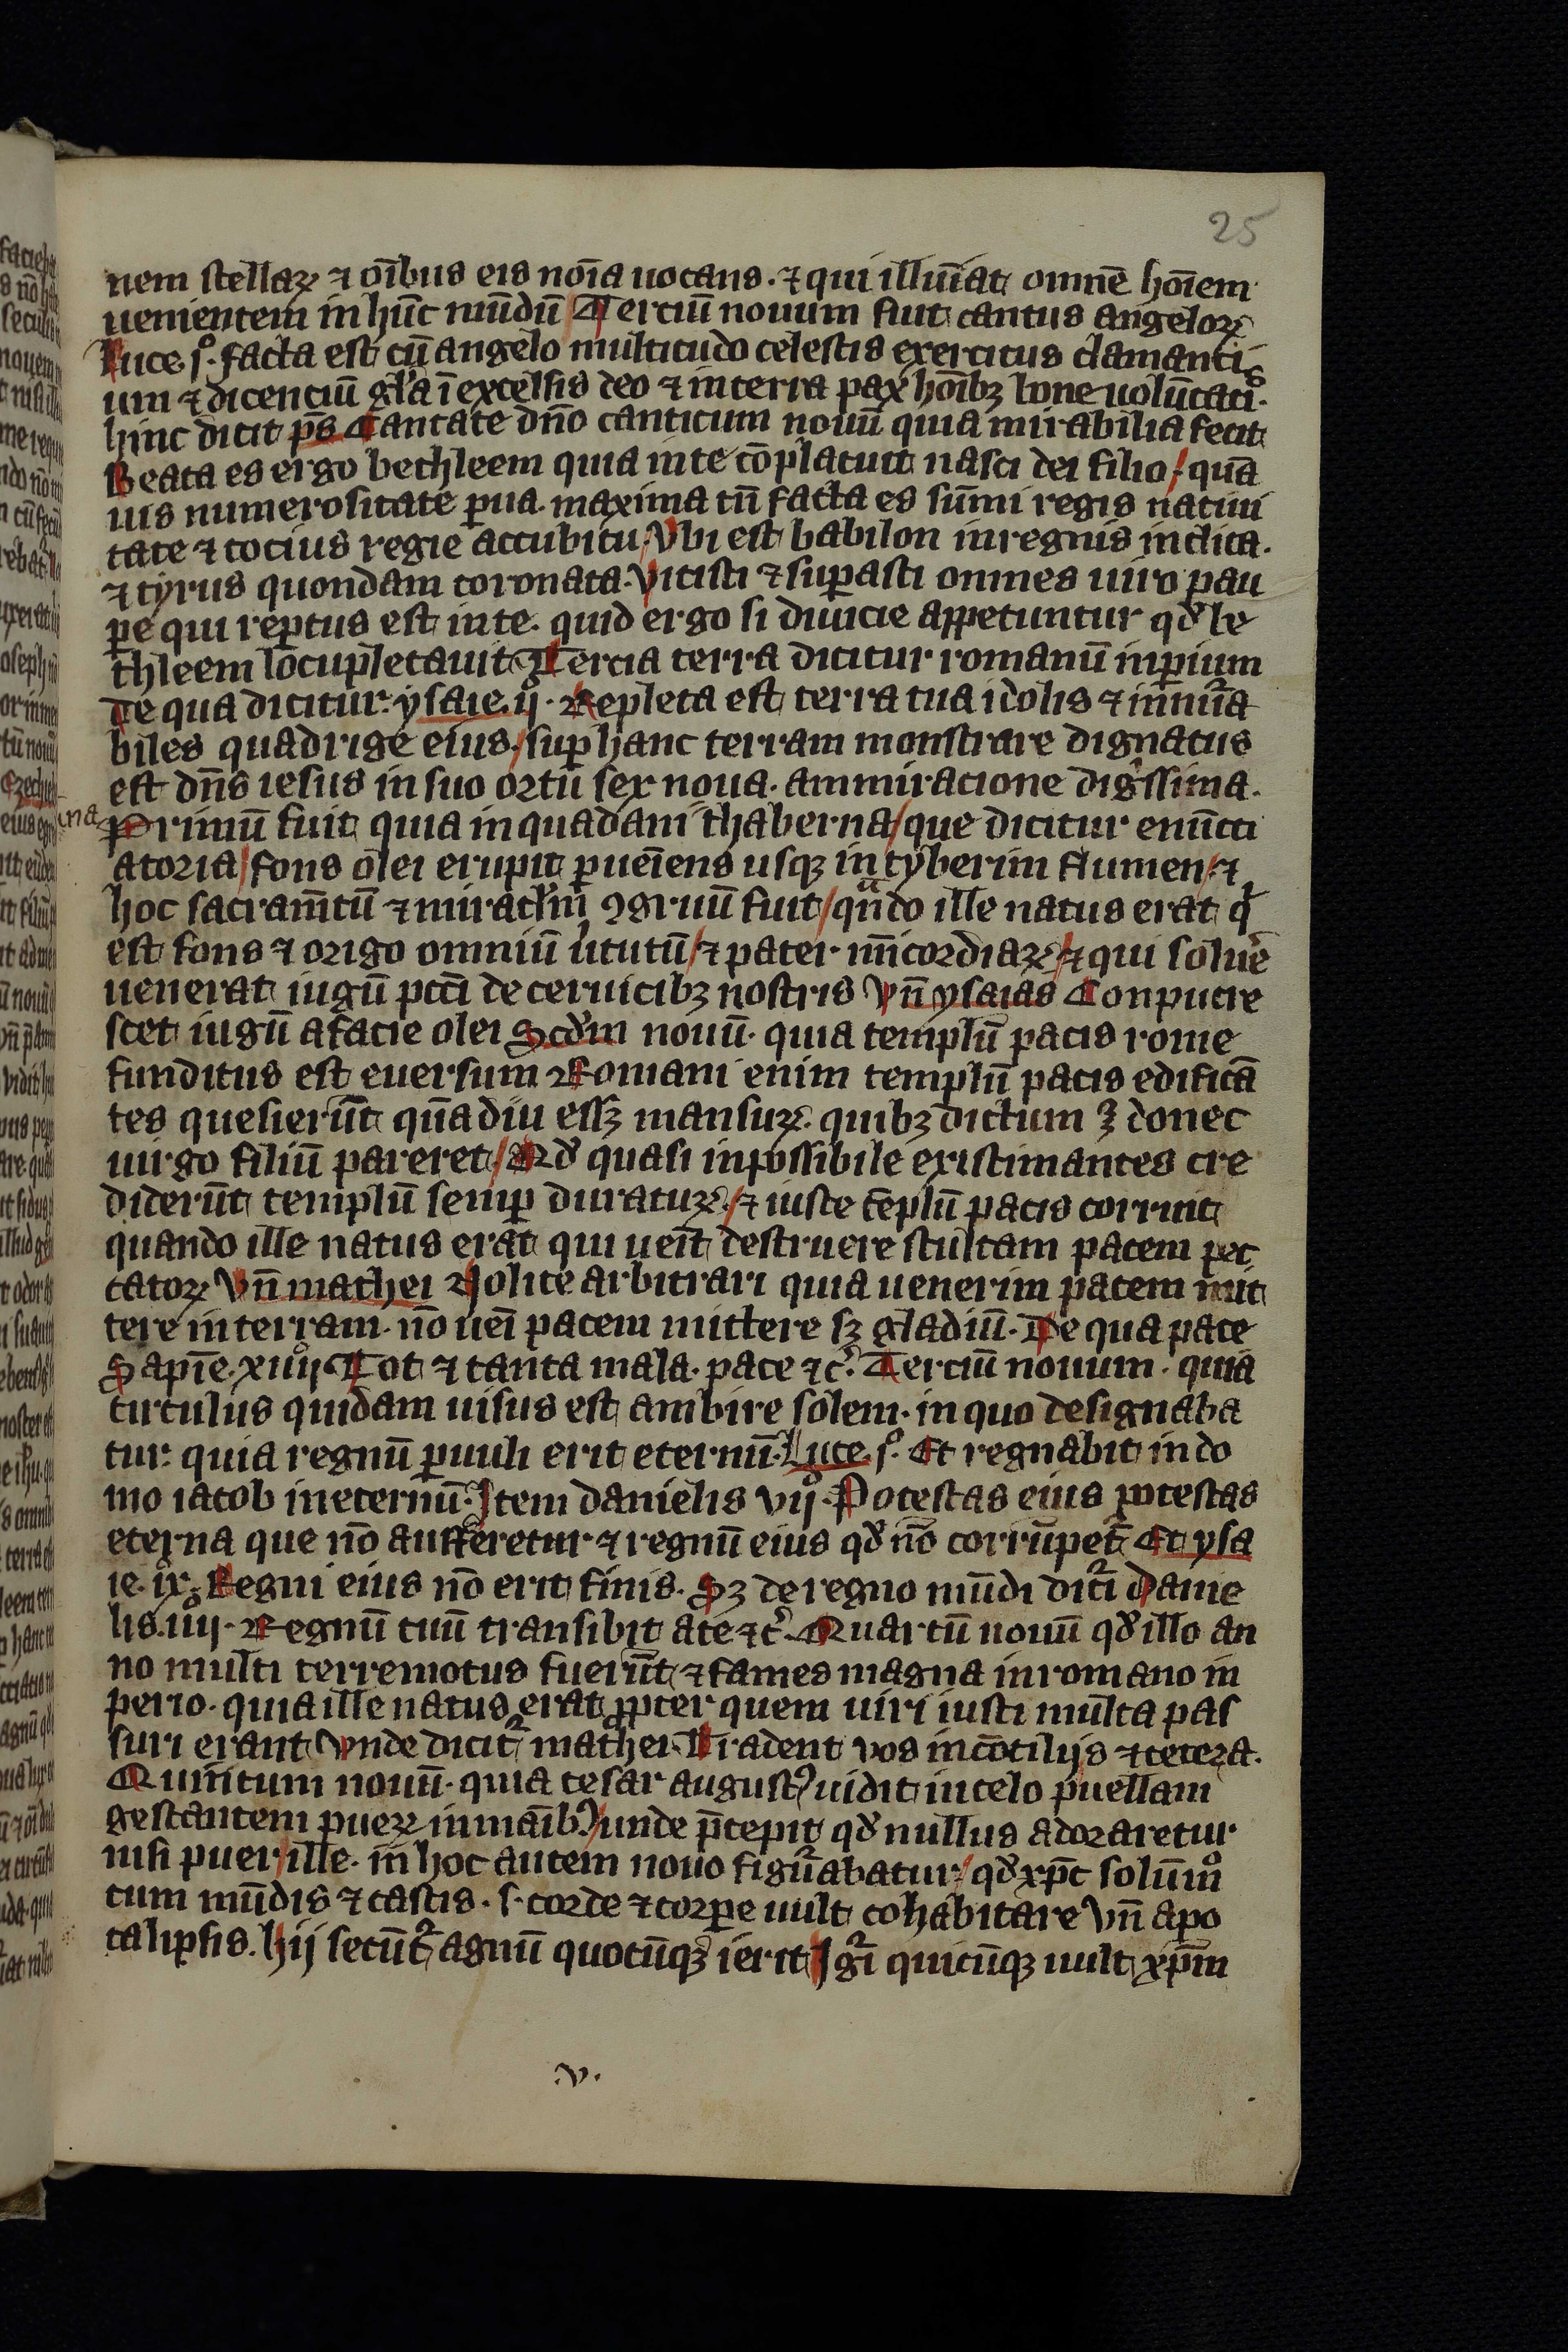
Shelfmark: Leipzig, Universitäts Bibliothek Leipzig, Ms 758
Century: 14